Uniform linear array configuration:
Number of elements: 48
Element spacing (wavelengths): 0.5
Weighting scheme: exponential
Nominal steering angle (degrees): -15
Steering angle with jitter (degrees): -14.165
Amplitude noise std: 0.05
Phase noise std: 0.05

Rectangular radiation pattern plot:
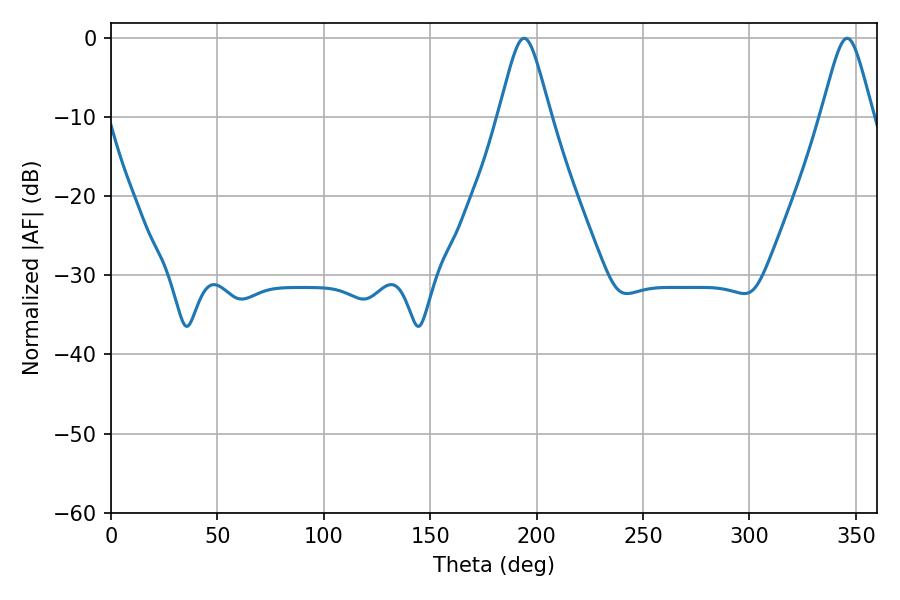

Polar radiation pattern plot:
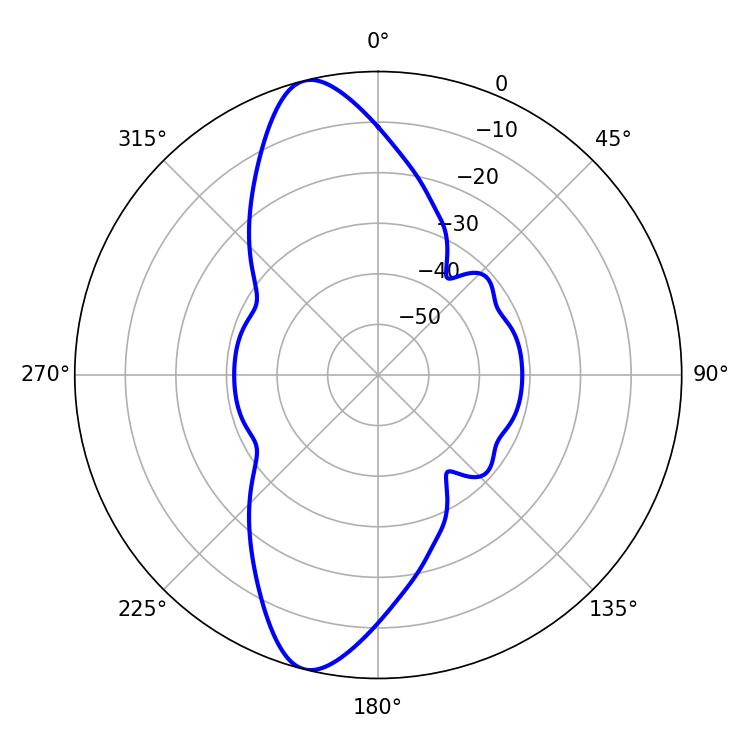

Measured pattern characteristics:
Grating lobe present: FALSE
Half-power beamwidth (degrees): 11.7
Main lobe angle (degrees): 194.04